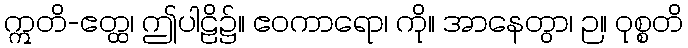
ဣတိ-ဧတ္ထ၊ ဤပါဠိ၌။ ဧဝကာရော၊ ကို။ အာနေတွာ၊ ဉ။ ဝုစ္စတိ